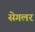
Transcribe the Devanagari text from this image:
सेगलर